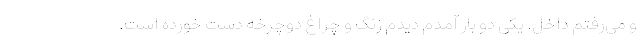
و می‌رفتم داخل. یکی دو بار آمدم دیدم زنگ و چراغ دوچرخه دست خورده است.